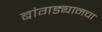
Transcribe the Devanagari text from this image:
बांगड्यानचा